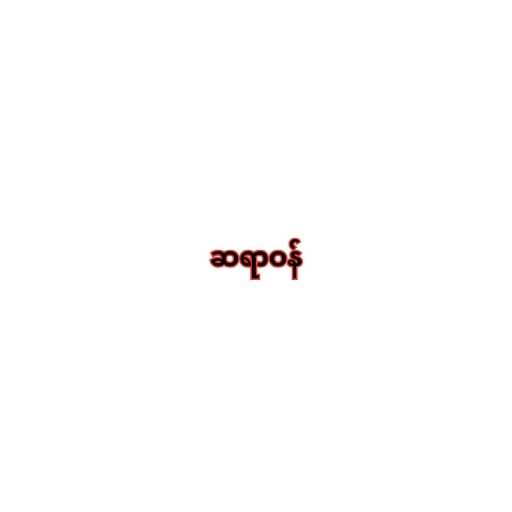
ဆရာဝန်